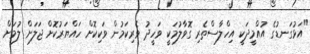
"އަޅުގަނޑުގެ އުއްމީދަކީ އިހްލާސްތެރި ގޮވާލުމަކީ ވަހީދު ވެރިކަމުން ވަކިކޮށް ހައްޔަރުކޮށް ޖަލަށް ލުމަށް